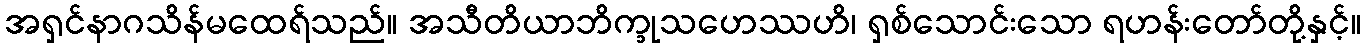
အရှင်နာဂသိန်မထေရ်သည်။ အသီတိယာဘိက္ခုသဟေဿဟိ၊ ရှစ်သောင်းသော ရဟန်းတော်တို့နှင့်။